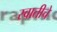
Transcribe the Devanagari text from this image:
स्वातीचे